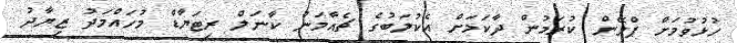
ހުޅުވުމަށް ޕްލޭން ކުރަމުން ދާކަމަށް އެކުލަބުގެ ޗެއާމަން ކާނަލް ރިޓަޔާޑް މުހައްމަދު ޒިޔާދު